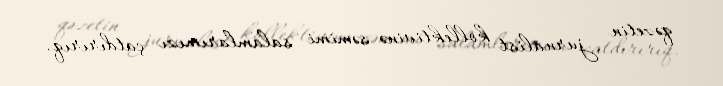
qəzetin jurnalist kollektivinə səmimi salamlarımızı çatdırırıq.